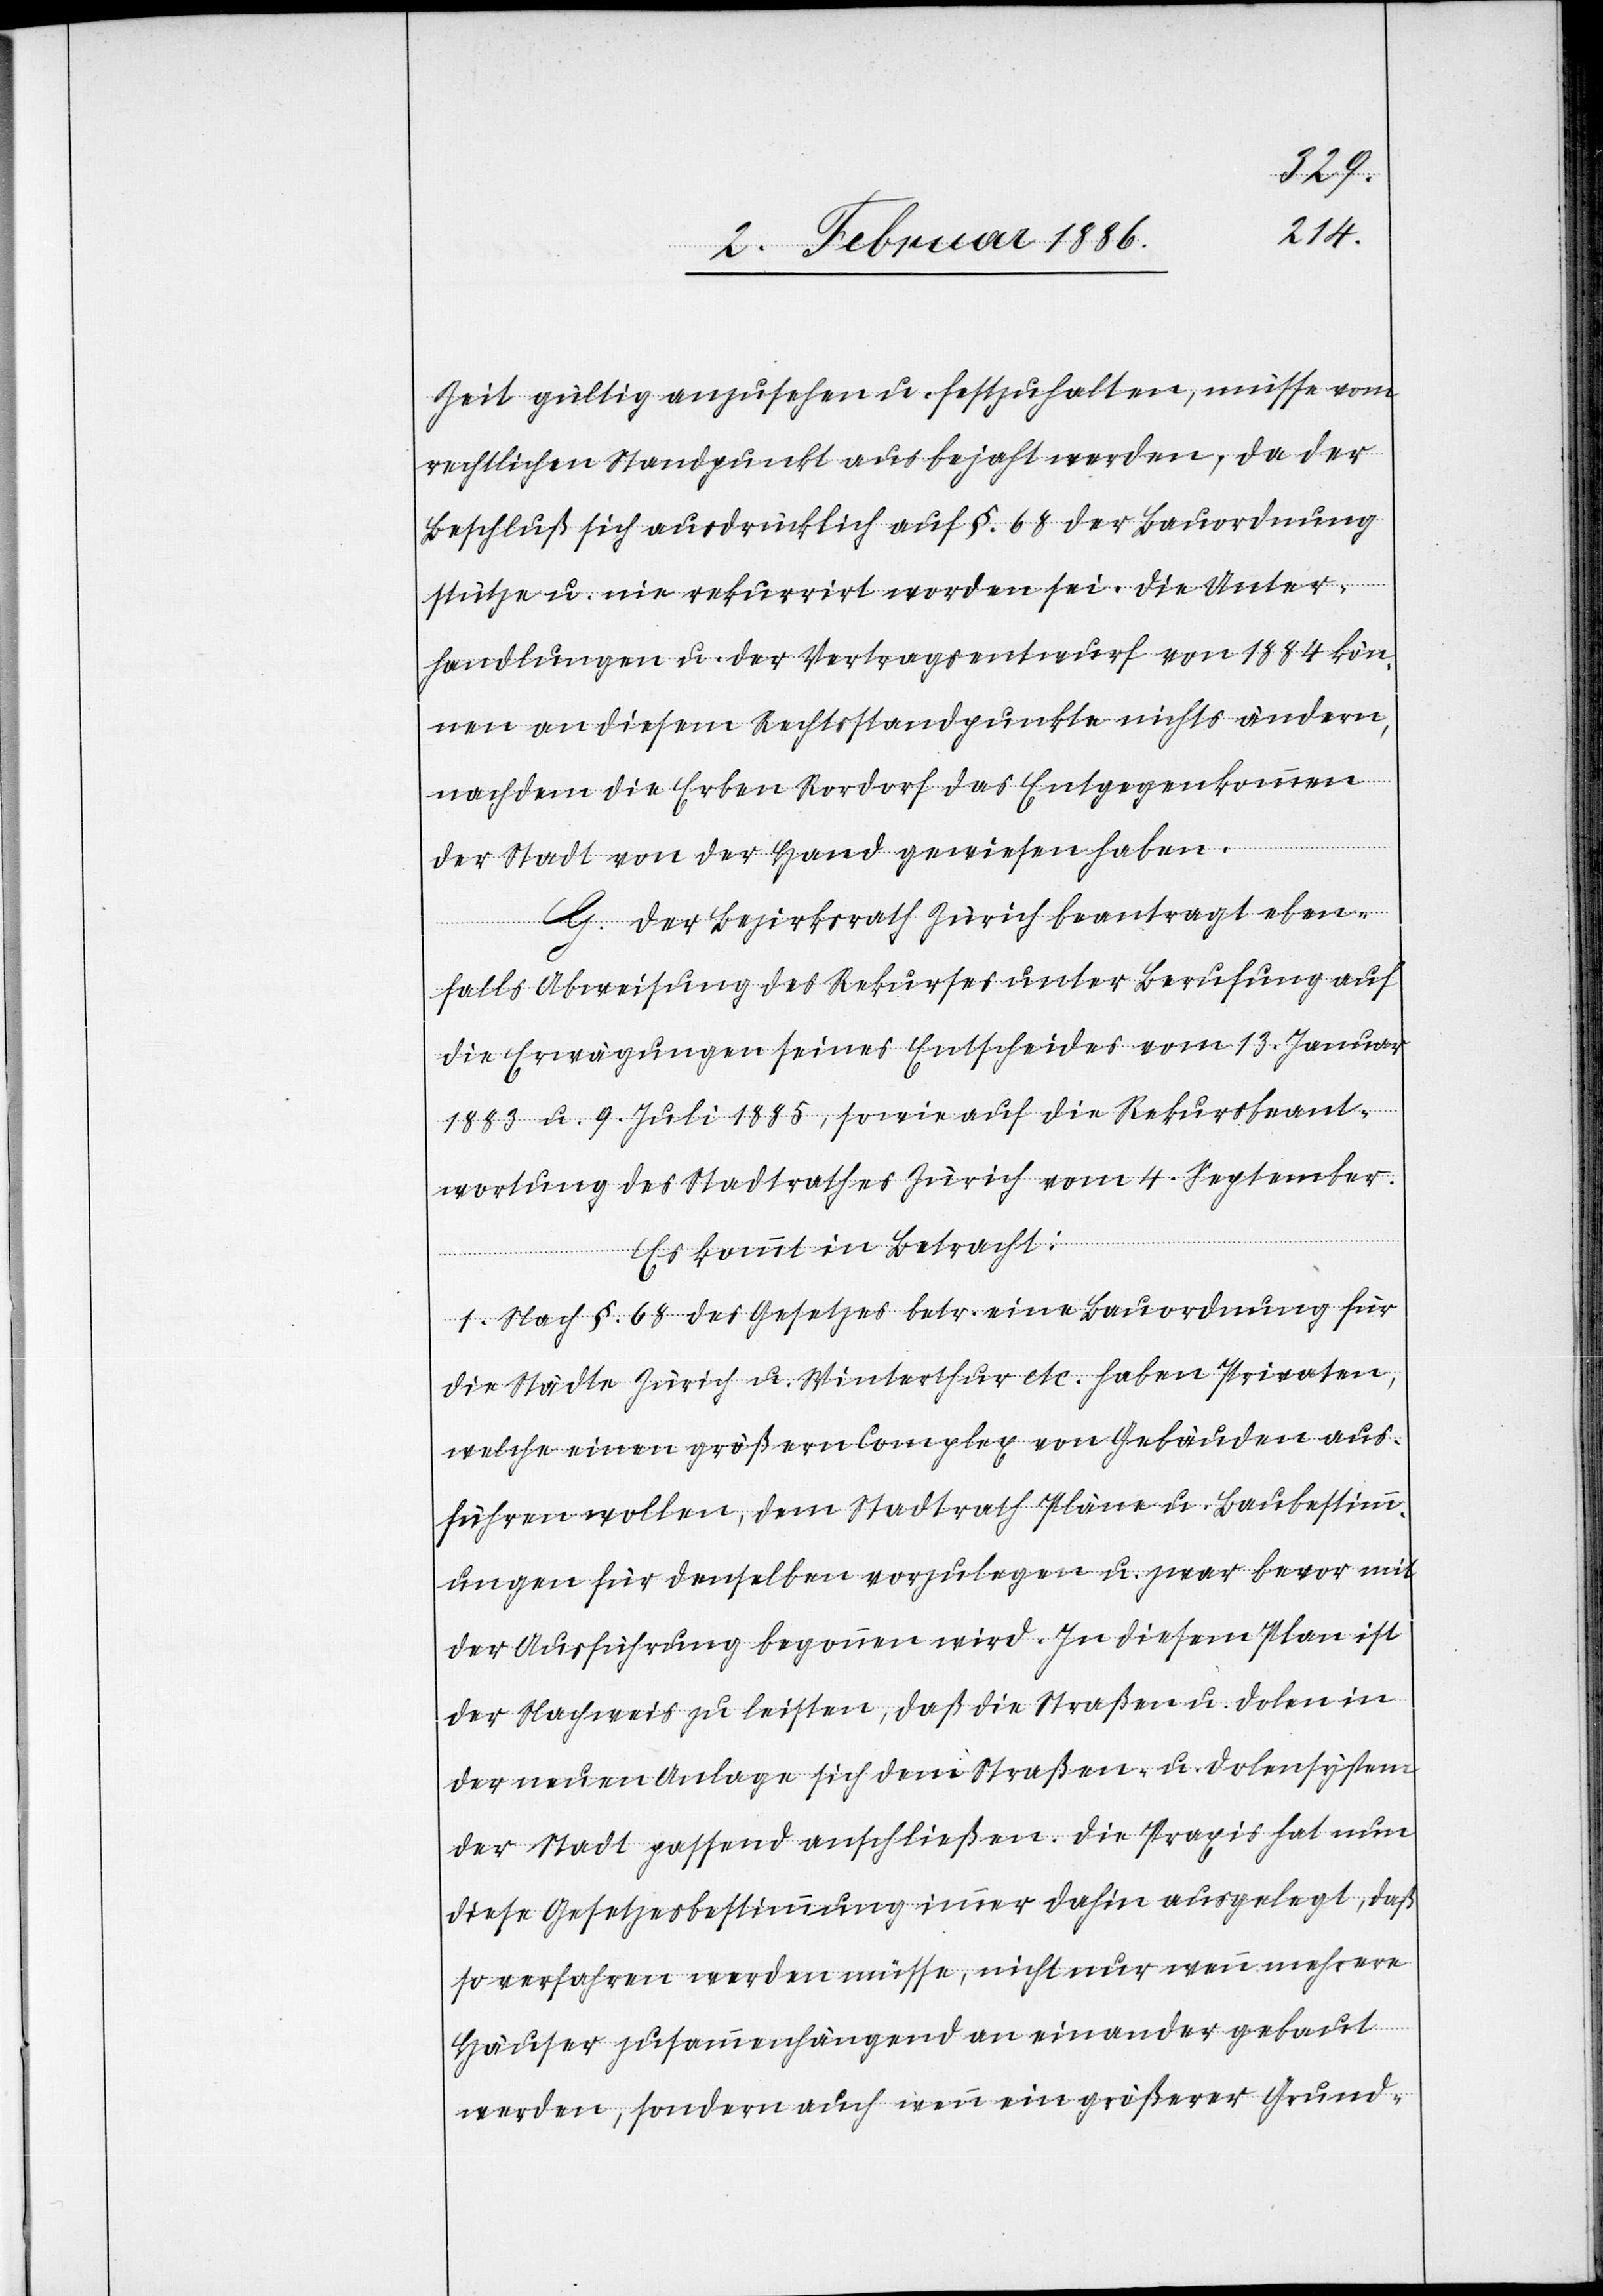
Zeit gültig anzusehen u. festzuhalten, müsse vom
rechtlichen Standpunkt aus bejaht werden, da der
Beschluß sich ausdrücklich auf §. 69 der Bauordnung
stütze u. nie rekurrirt worden sei. Die Unter¬
handlungen u. der Vertragsentwurf von 1884 kön¬
nen an diesem Rechtsstandpunkte nichts ändern,
nachdem die Erben Rordorf das Entgegenkommen
der Stadt von der Hand gewiesen haben.
G. Der Bezirksrath Zürich beantragt eben¬
falls Abweisung des Rekurses unter Berufung auf
die Erwägungen seines Entscheides vom 13. Januar
1883 u. 9. Juli 1885, sowie auf die Rekursbeant¬
wortung des Stadtrathes Zürich vom 4. September.
Es kommt in Betracht:
1. Nach §. 68 des Gesetzes betr. eine Bauordnung für
die Städte Zürich u. Winterthur etc. haben Private,
welche einen größern Complex von Gebäuden aus¬
führen wollen, dem Stadtrath Pläne u. Baubestimm¬
ungen für denselben vorzulegen u. zwar bevor mit
der Ausführung begonnen wird. In diesem Plan ist
der Nachweis zu leisten, daß die Straßen u. Dolen in
der neuen Anlage sich dem Straßen- u. Dolensystem
der Stadt passend anschließen. Die Praxis hat nun
diese Gesetzesbestimmung immer dahin ausgelegt, daß
so verfahren werden müsse, nicht nur wenn mehrere
Häuser zusammenhängend aneinander gebaut
werden, sondern auch wenn ein größerer Grund-